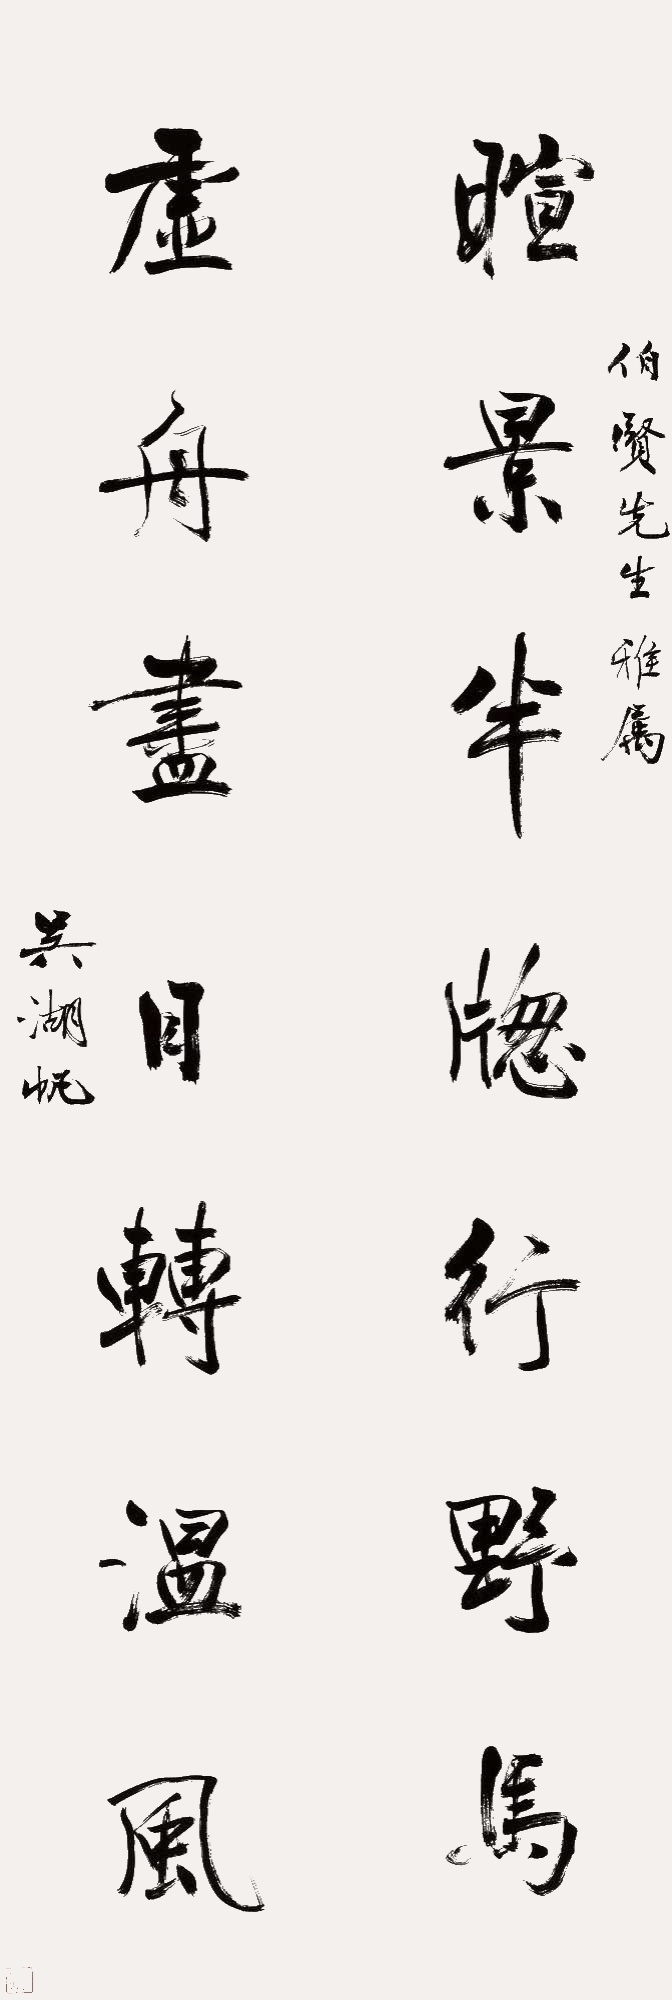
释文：暄景半窗行野马，虚舟尽日转温风。伯贤先生雅属吴湖帆。